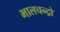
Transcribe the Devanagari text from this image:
भालचन्द्रो